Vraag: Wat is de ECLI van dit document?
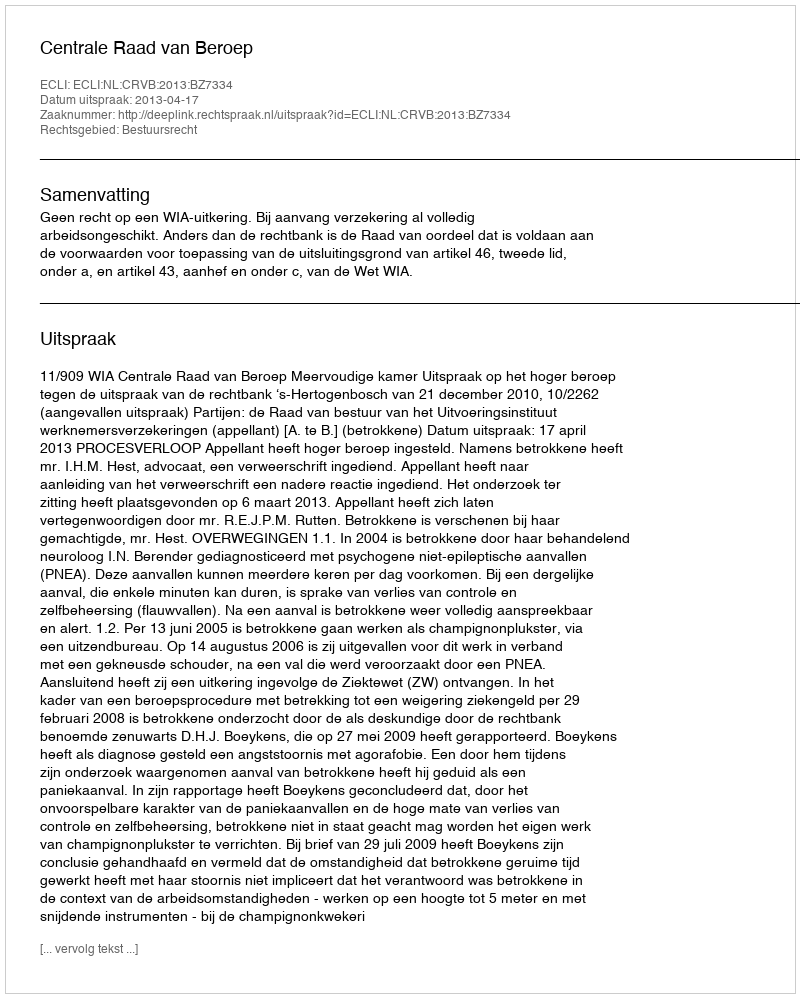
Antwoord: ECLI:NL:CRVB:2013:BZ7334